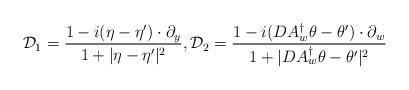
LaTeX: \begin{align*}\mathcal{D}_1=\frac{1-i(\eta -\eta') \cdot \partial_y}{1+|\eta -\eta'|^2},\mathcal{D}_2=\frac{1-i(DA^\dag_w\theta -\theta') \cdot \partial_w}{1+|DA^\dag_w\theta -\theta' |^2}\end{align*}